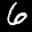
Label: 6